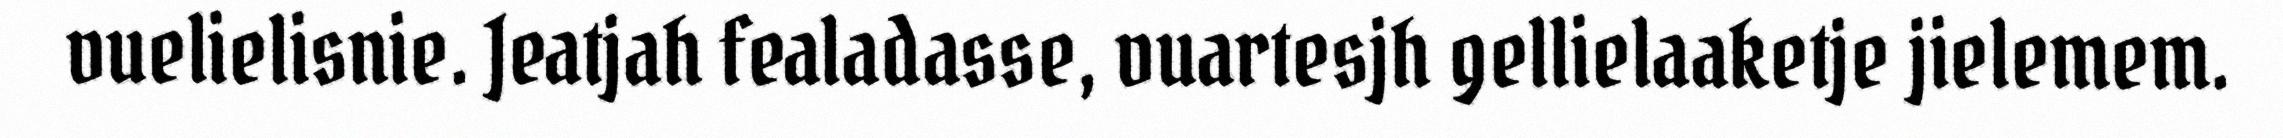
vuelielisnie. Jeatjah fealadasse, vuartesjh gellielaaketje jielemem.